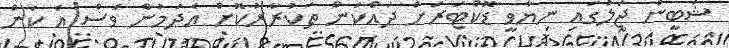
ޝަބީން ޖަލުގައި ނިޔާވީ ޑޮކްޓަރަށް ދައްކަން ތަކުރާރުކޮށް އެދުމުން ވެސް އެ ކަން